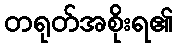
တရုတ်အစိုးရ၏